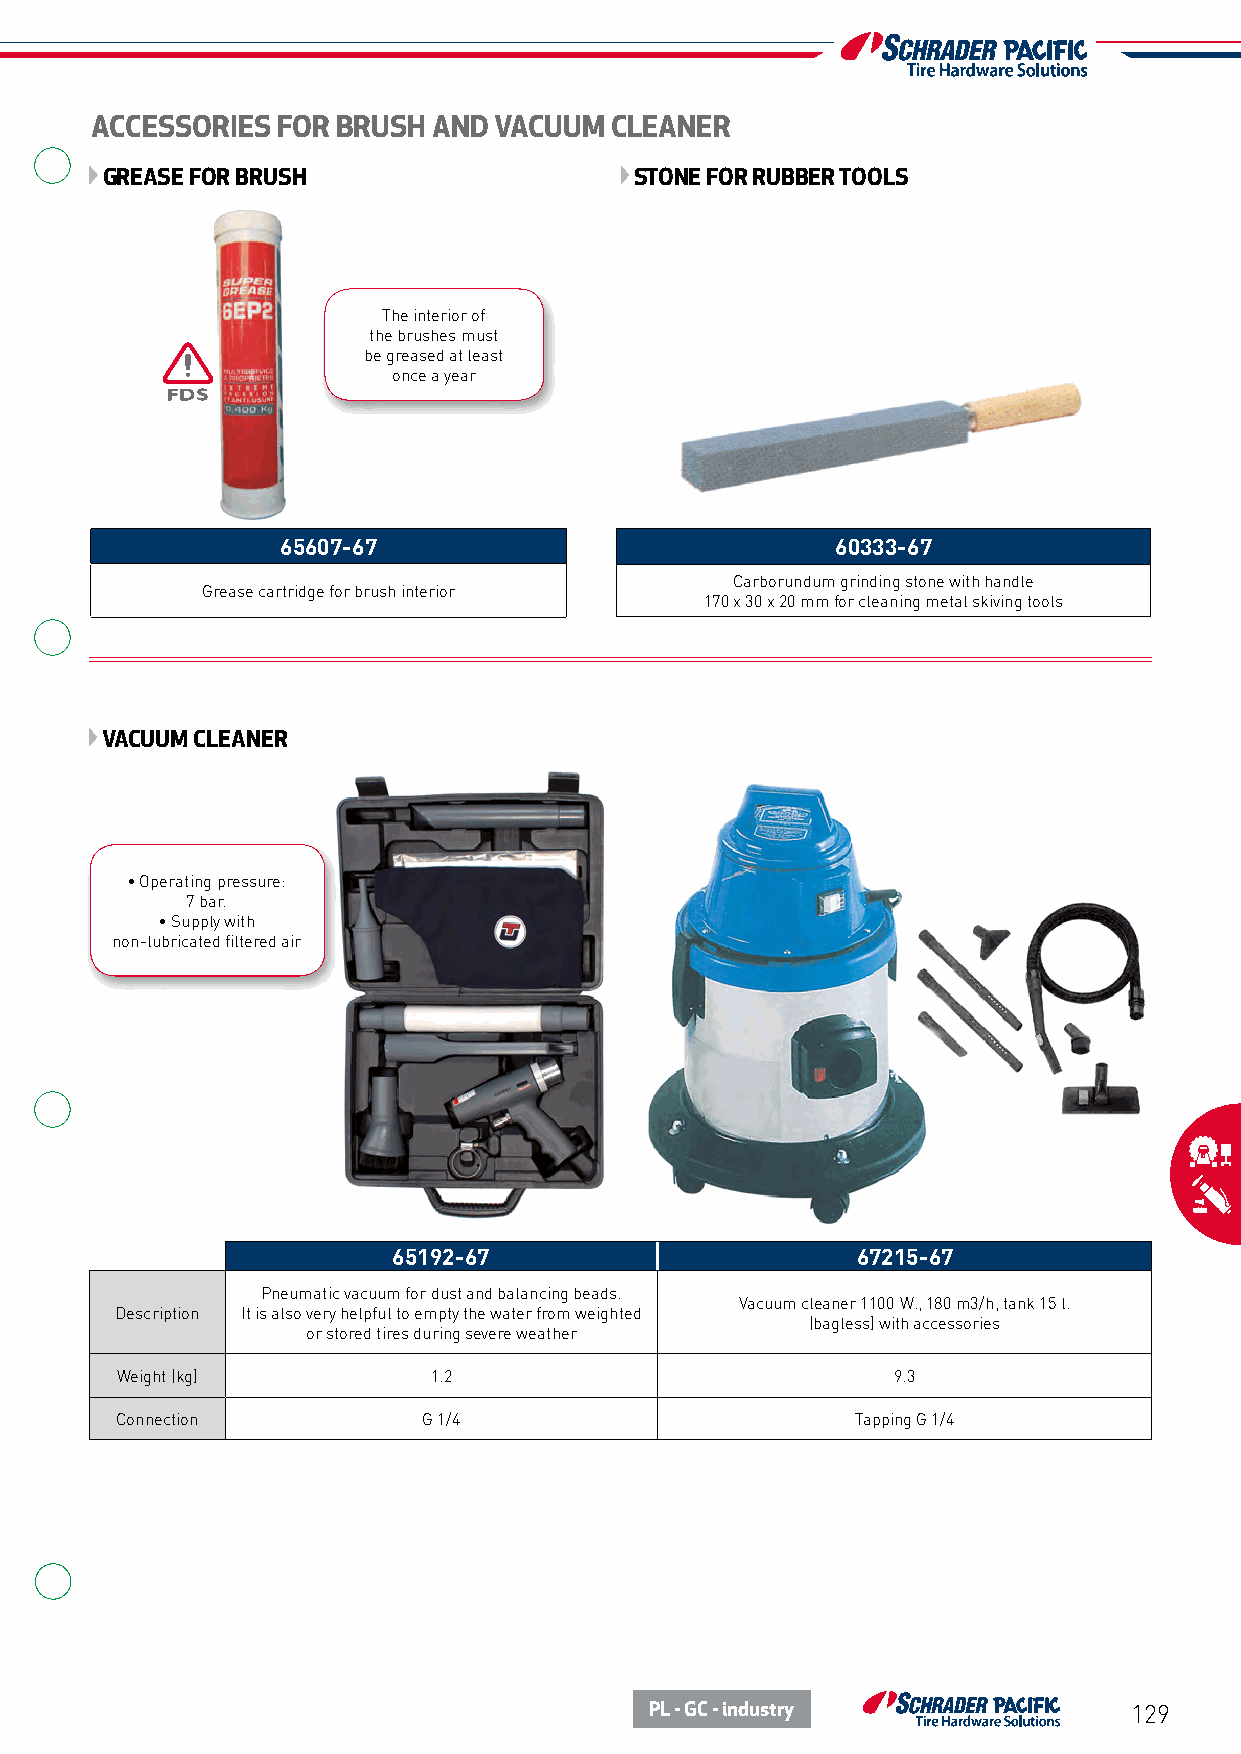
ACCESSORIES FOR BRUSH  AND VACUUM CLEANER
 GREASE FOR BRUSH                   STONE FOR RUBBER TOOLS
 The interior of
 the brushes must
 be greased at least
 once a year
 65607-67                            60333-67
 Carborundum grinding stone with handle
 Grease cartridge for brush interior
 170 x 30 x 20 mm for cleaning metal skiving tools
 VACUUM CLEANER
 • Operating pressure:
 7 bar.
 • Supply with
 non-lubricated filtered air
 65192-67                       67215-67
 Pneumatic vacuum for dust and balancing beads.
 Vacuum cleaner 1100 W., 180 m3/h, tank 15 l.
 Description It is also very helpful to empty the water from weighted
 (bagless) with accessories
 or stored tires during severe weather
 Weight (kg)         1.2                            9.3
 Connection          G 1/4                        Tapping G 1/4
 PL - GC - industry              129